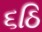
૬ઠિ